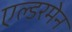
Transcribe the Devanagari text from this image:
एल्डरमेन